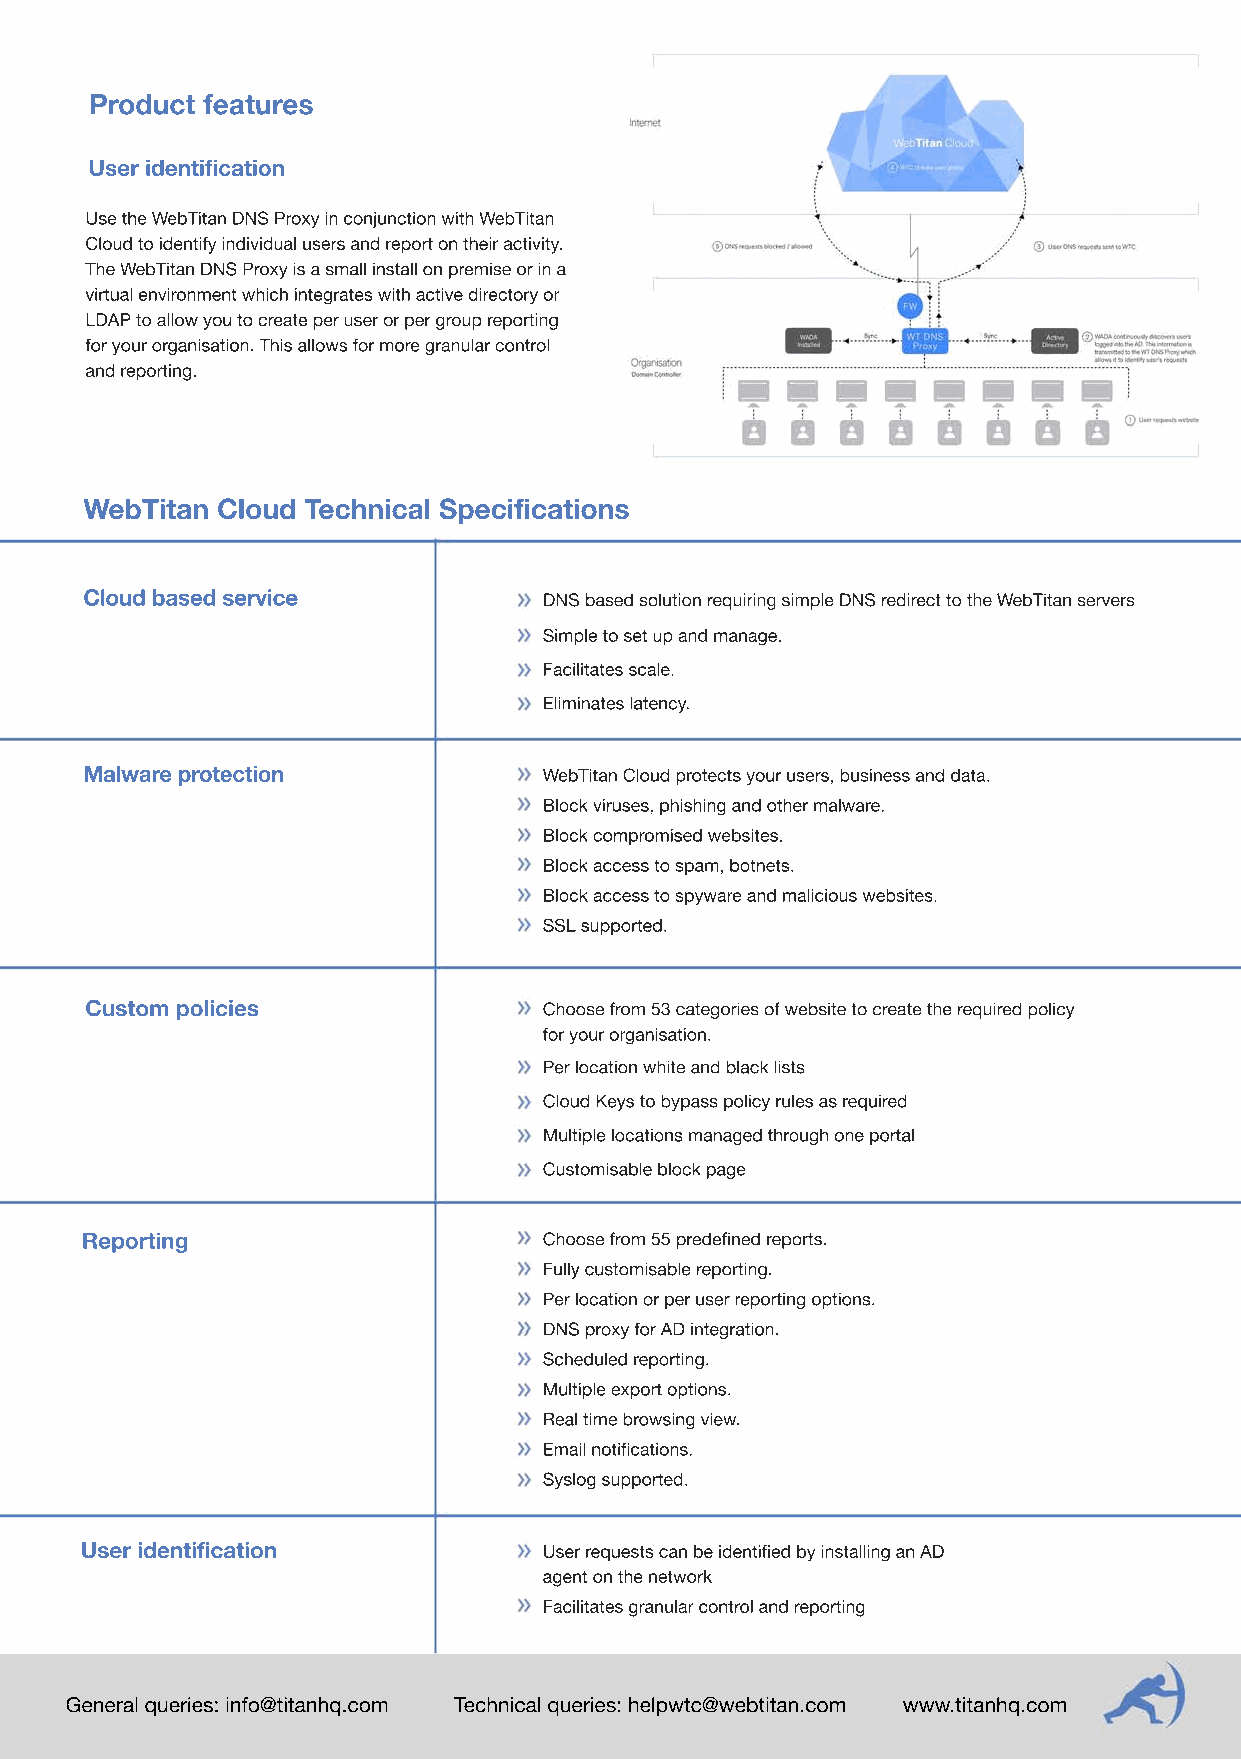
Product features
 User identification
 Use the WebTitan DNS Proxy in conjunction with WebTitan
 Cloud to identify individual users and report on their activity.
 The WebTitan DNS Proxy is a small install on premise or in a
 virtual environment which integrates with active directory or
 LDAP to allow you to create per user or per group reporting
 for your organisation. This allows for more granular control
 and reporting.
 WebTitan Cloud Technical Specifications
 Cloud based service            DNS based solution requiring simple DNS redirect to the WebTitan servers
 Simple to set up and manage.
 Facilitates scale.
 Eliminates latency.
 Malware protection             WebTitan Cloud protects your users, business and data.
 Block viruses, phishing and other malware.
 Block compromised websites.
 Block access to spam, botnets.
 Block access to spyware and malicious websites.
 SSL supported.
 Custom policies               Choose from 53 categories of website to create the required policy
 for your organisation.
 Per location white and black lists
 Cloud Keys to bypass policy rules as required
 Multiple locations managed through one portal
 Customisable block page
 Reporting                      Choose from 55 predefined reports.
 Fully customisable reporting.
 Per location or per user reporting options.
 DNS proxy for AD integration.
 Scheduled reporting.
 Multiple export options.
 RReeaall ttiimmee bbrowsing view.
 Email notifications.
 Syslog supported.
 User identification            User requests can be identified by installing an AD
 agent on the network
 Facilitates granular control and reporting
 General queries: info@titanhq.com Technical queries: helpwtc@webtitan.com www.titanhq.com